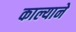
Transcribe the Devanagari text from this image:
काल्याने